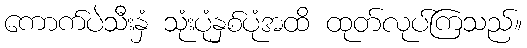
ကောက်ပဲသီးနှံ သုံးပုံနှစ်ပုံအထိ ထုတ်လုပ်ကြသည်။